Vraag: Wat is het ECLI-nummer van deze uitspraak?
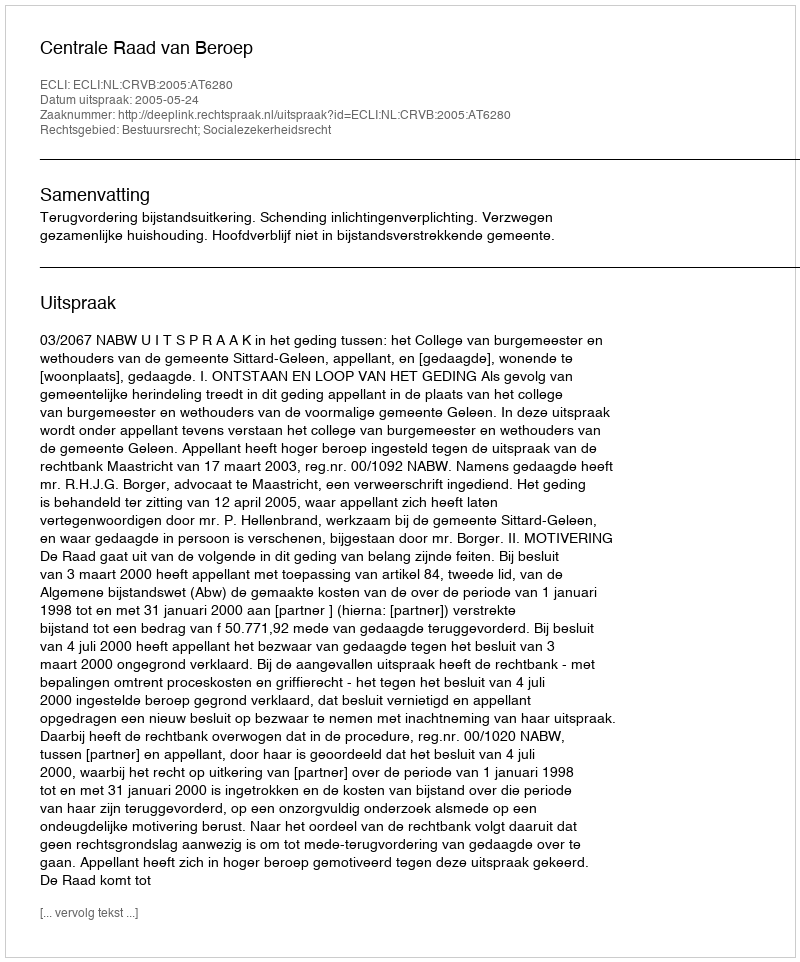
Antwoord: ECLI:NL:CRVB:2005:AT6280